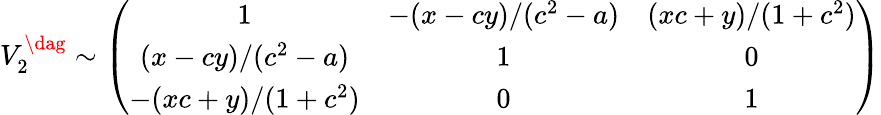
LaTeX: V_{2}^{\dag}\sim\left(\begin{array}{ccc}{{1}}&{{-(x-cy)/(c^{2}-a)}}&{{(xc+y)/(1+c^{2})}}\\ {{(x-cy)/(c^{2}-a)}}&{{1}}&{{0}}\\ {{-(xc+y)/(1+c^{2})}}&{{0}}&{{1}}\end{array}\right)